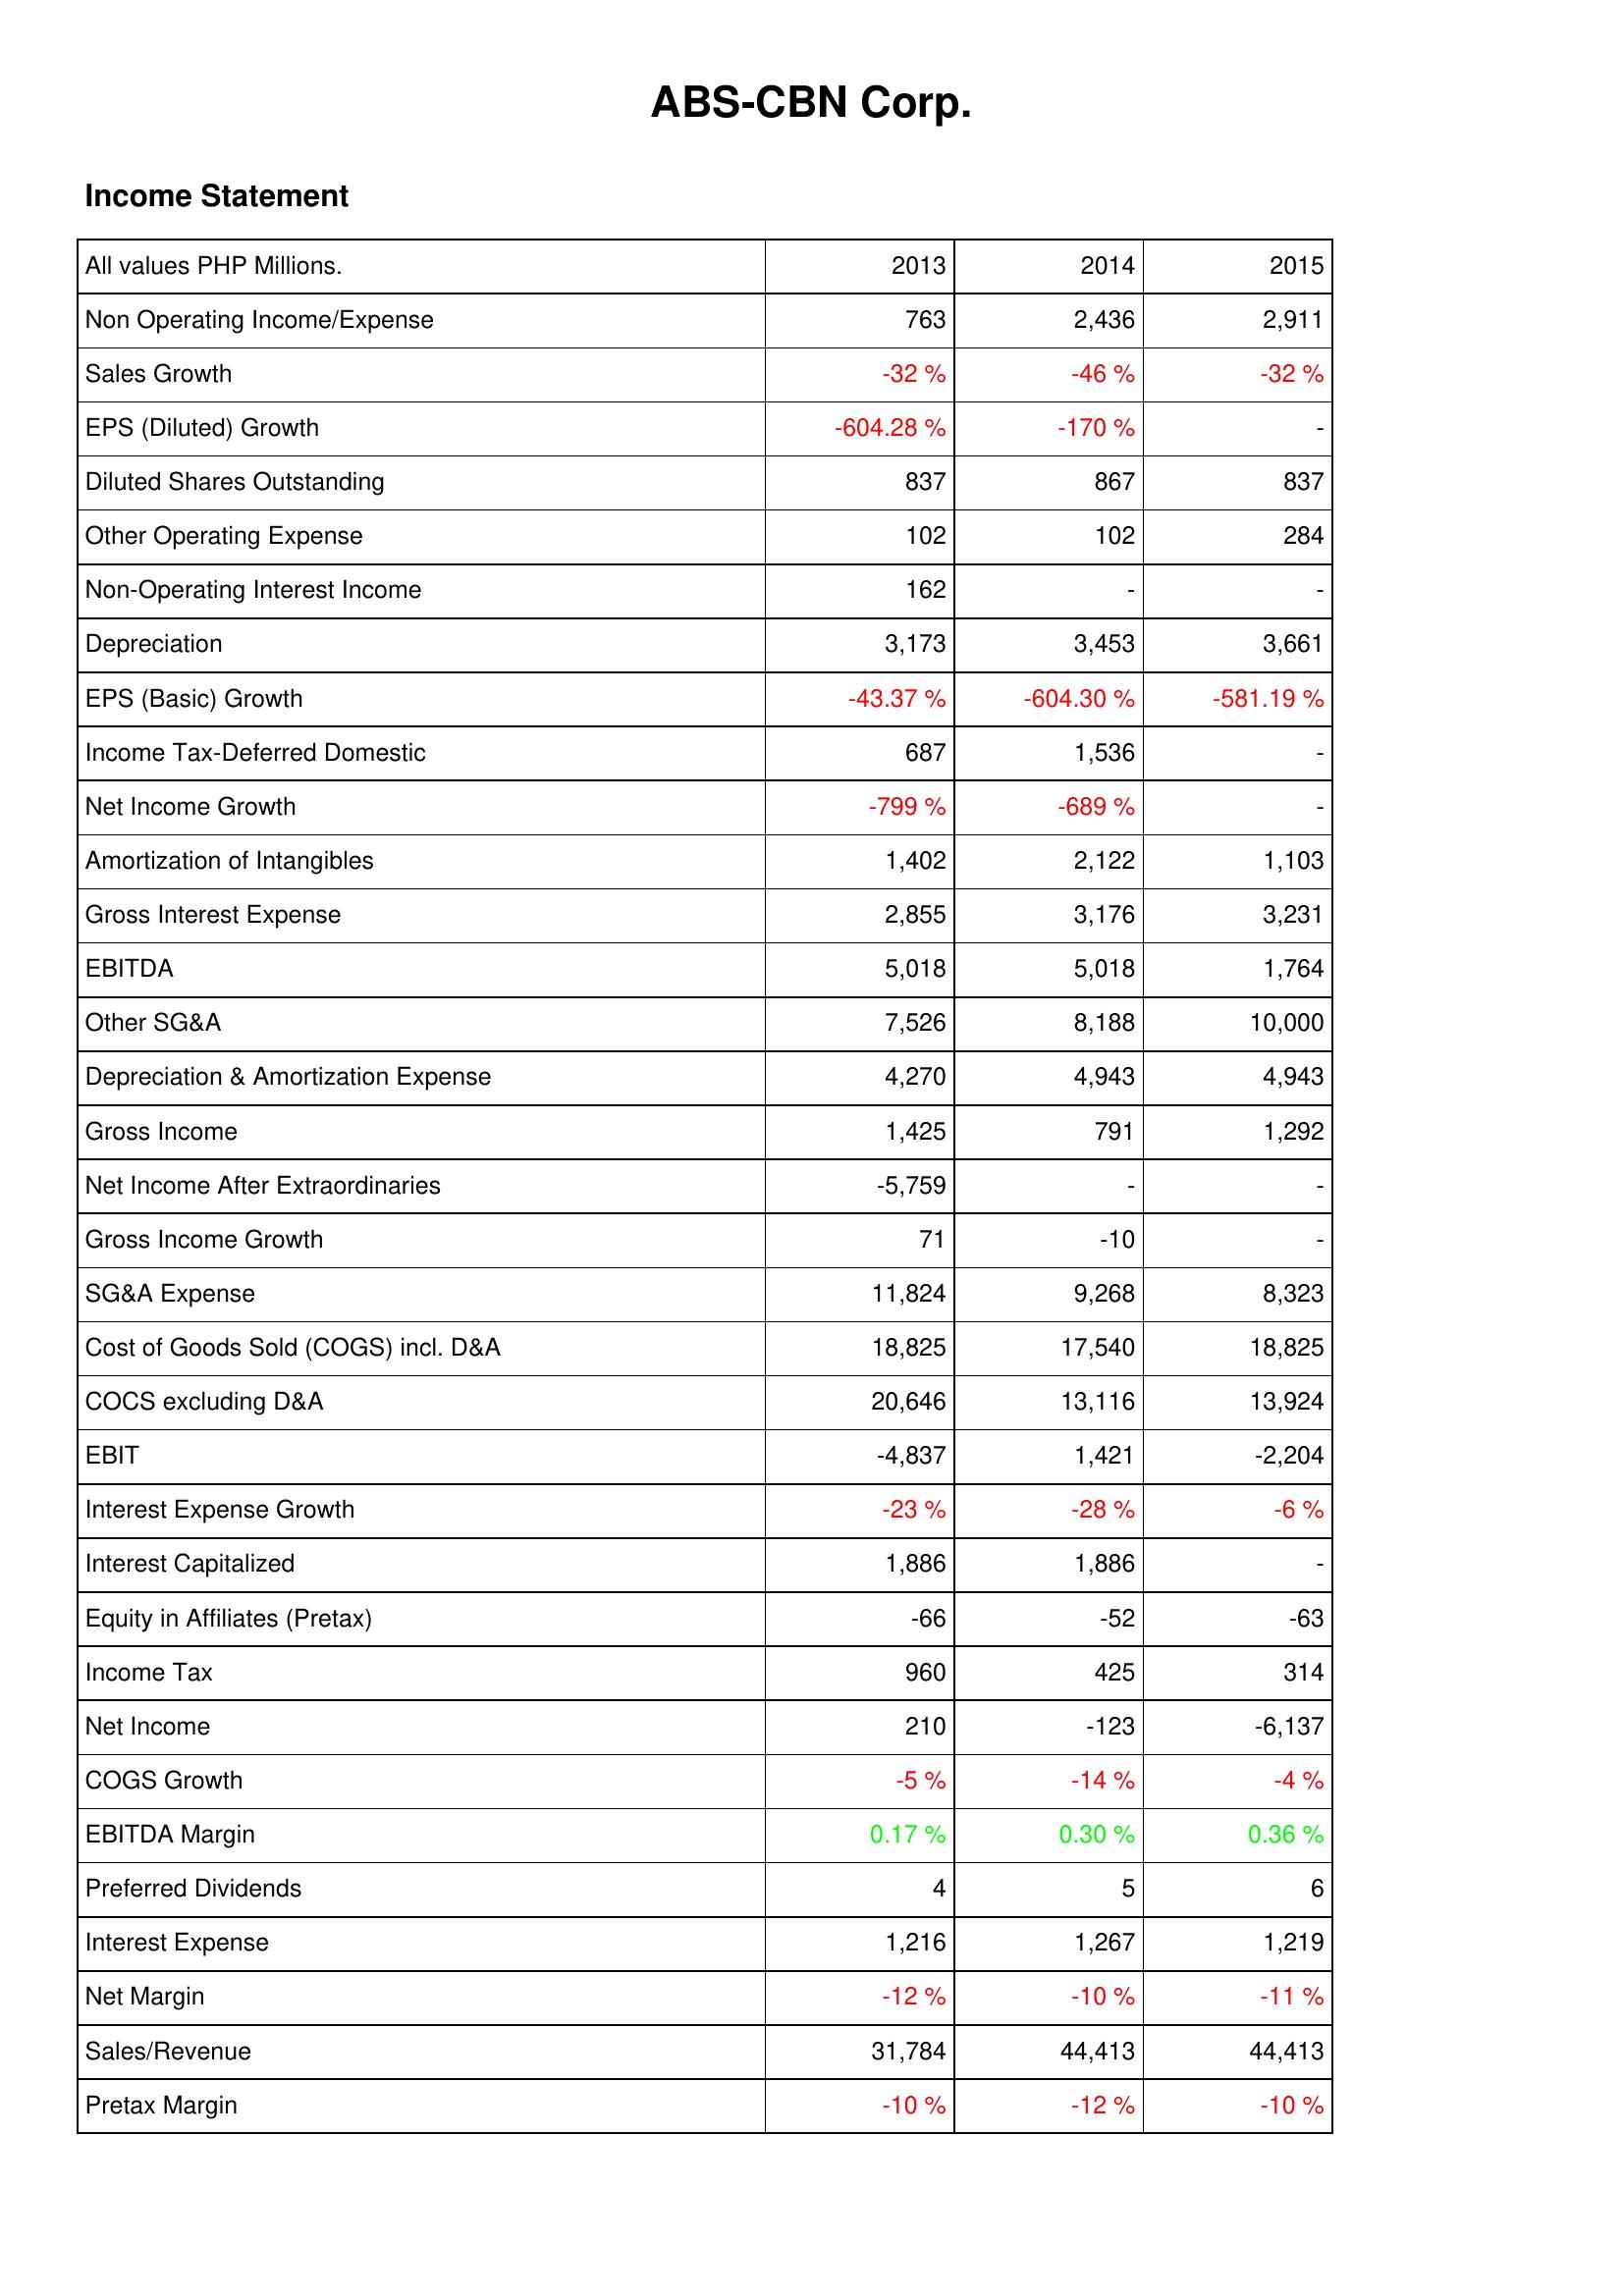
2013: Income Statement: Non Operating Income/Expense: 763
Sales Growth: -32 %
EPS (Diluted) Growth: -604.28 %
Diluted Shares Outstanding: 837
Other Operating Expense: 102
Non-Operating Interest Income: 162
Depreciation: 3,173
EPS (Basic) Growth: -43.37 %
Income Tax-Deferred Domestic: 687
Net Income Growth: -799 %
Amortization of Intangibles: 1,402
Gross Interest Expense: 2,855
EBITDA: 5,018
Other SG&A: 7,526
Depreciation & Amortization Expense: 4,270
Gross Income: 1,425
Net Income After Extraordinaries: -5,759
Gross Income Growth: 71
SG&A Expense: 11,824
Cost of Goods Sold (COGS) incl. D&A: 18,825
COCS excluding D&A: 20,646
EBIT: -4,837
Interest Expense Growth: -23 %
Interest Capitalized: 1,886
Equity in Affiliates (Pretax): -66
Income Tax: 960
Net Income: 210
COGS Growth: -5 %
EBITDA Margin: 0.17 %
Preferred Dividends: 4
Interest Expense: 1,216
Net Margin: -12 %
Sales/Revenue: 31,784
Pretax Margin: -10 %
2014: Income Statement: Non Operating Income/Expense: 2,436
Sales Growth: -46 %
EPS (Diluted) Growth: -170 %
Diluted Shares Outstanding: 867
Other Operating Expense: 102
Non-Operating Interest Income: -
Depreciation: 3,453
EPS (Basic) Growth: -604.30 %
Income Tax-Deferred Domestic: 1,536
Net Income Growth: -689 %
Amortization of Intangibles: 2,122
Gross Interest Expense: 3,176
EBITDA: 5,018
Other SG&A: 8,188
Depreciation & Amortization Expense: 4,943
Gross Income: 791
Net Income After Extraordinaries: -
Gross Income Growth: -10
SG&A Expense: 9,268
Cost of Goods Sold (COGS) incl. D&A: 17,540
COCS excluding D&A: 13,116
EBIT: 1,421
Interest Expense Growth: -28 %
Interest Capitalized: 1,886
Equity in Affiliates (Pretax): -52
Income Tax: 425
Net Income: -123
COGS Growth: -14 %
EBITDA Margin: 0.30 %
Preferred Dividends: 5
Interest Expense: 1,267
Net Margin: -10 %
Sales/Revenue: 44,413
Pretax Margin: -12 %
2015: Income Statement: Non Operating Income/Expense: 2,911
Sales Growth: -32 %
EPS (Diluted) Growth: -
Diluted Shares Outstanding: 837
Other Operating Expense: 284
Non-Operating Interest Income: -
Depreciation: 3,661
EPS (Basic) Growth: -581.19 %
Income Tax-Deferred Domestic: -
Net Income Growth: -
Amortization of Intangibles: 1,103
Gross Interest Expense: 3,231
EBITDA: 1,764
Other SG&A: 10,000
Depreciation & Amortization Expense: 4,943
Gross Income: 1,292
Net Income After Extraordinaries: -
Gross Income Growth: -
SG&A Expense: 8,323
Cost of Goods Sold (COGS) incl. D&A: 18,825
COCS excluding D&A: 13,924
EBIT: -2,204
Interest Expense Growth: -6 %
Interest Capitalized: -
Equity in Affiliates (Pretax): -63
Income Tax: 314
Net Income: -6,137
COGS Growth: -4 %
EBITDA Margin: 0.36 %
Preferred Dividends: 6
Interest Expense: 1,219
Net Margin: -11 %
Sales/Revenue: 44,413
Pretax Margin: -10 %